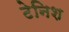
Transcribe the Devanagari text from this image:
टेनिश